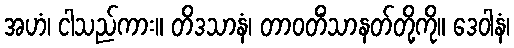
အဟံ၊ ငါသည်ကား။ တိဒသာနံ၊ တာဝတိံသာနတ်တို့ကို။ ဒေဝါနံ၊